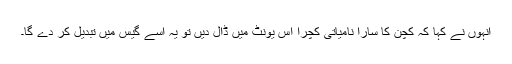
انہوں نے کہا کہ کچن کا سارا نامیاتی کچرا اس یونٹ میں ڈال دیں تو یہ اسے گیس میں تبدیل کر دے گا۔